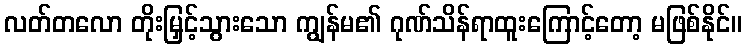
လတ်တလော တိုးမြှင့်သွားသော ကျွန်မ၏ ဂုဏ်သိန်ရာထူးကြောင့်တော့ မဖြစ်နိုင်။